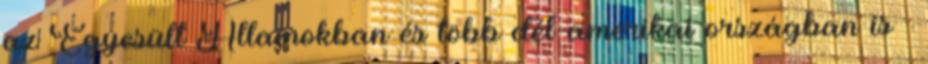
az Egyesült Államokban és több dél-amerikai országban is –